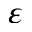
{ \varepsilon }